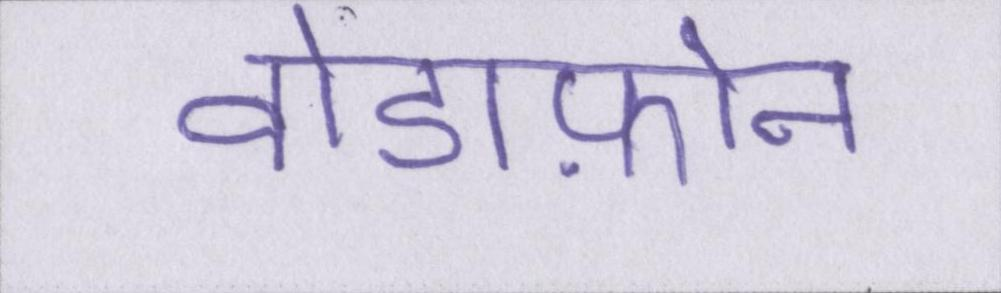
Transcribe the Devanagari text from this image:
वोडाफ़ोन